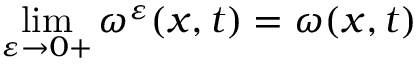
\operatorname* { l i m } _ { \varepsilon \rightarrow 0 + } \omega ^ { \varepsilon } ( x , t ) = \omega ( x , t )